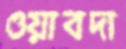
ওয়াবদা